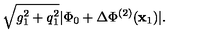
\sqrt { g _ { 1 } ^ { 2 } + q _ { 1 } ^ { 2 } } | \Phi _ { 0 } + \Delta \Phi ^ { ( 2 ) } ( { \bf x } _ { 1 } ) | .